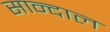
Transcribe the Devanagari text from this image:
सान्दाल